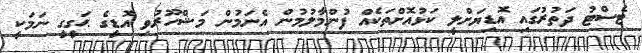
ޓެސްޓު ދަތުރުގައި އޮޑިޔަށްލީ ކަޅުއޮށްތަކެއް ފުންމާލުމުން އެނަމުން މަޝްހޫރުވި އޮޑީގެ ޙަގީގީ ނަމަކީ